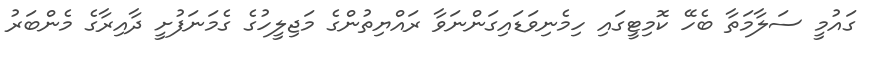
ގައުމީ ސަލާމަތާ ބެހޭ ކޮމިޓީގައި ހިމެނިވަޑައިގަންނަވާ ރައްޔިތުންގެ މަޖިލީހުގެ ގެމަނަފުށީ ދާއިރާގެ މެންބަރު